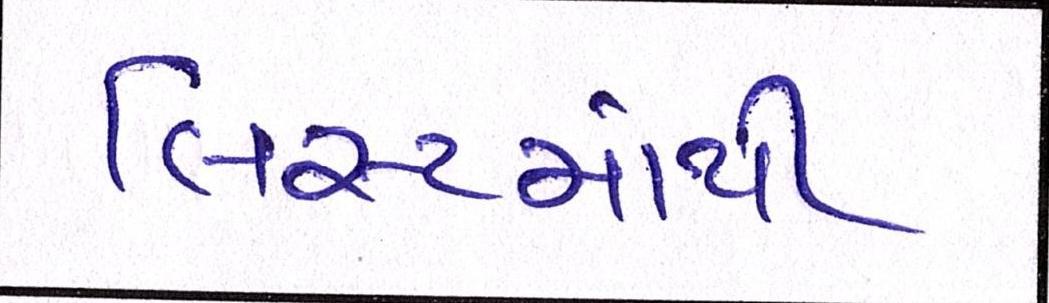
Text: લિસ્ટમાંથી